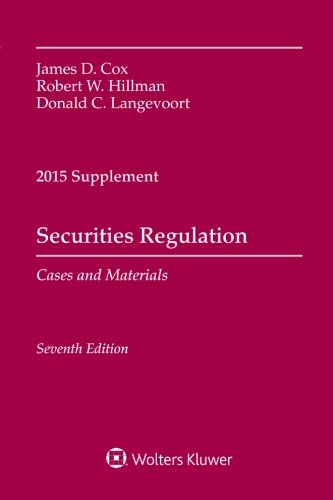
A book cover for Securities Regulation Cases and Materials 2015 Supplement; James D. Cox; Law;